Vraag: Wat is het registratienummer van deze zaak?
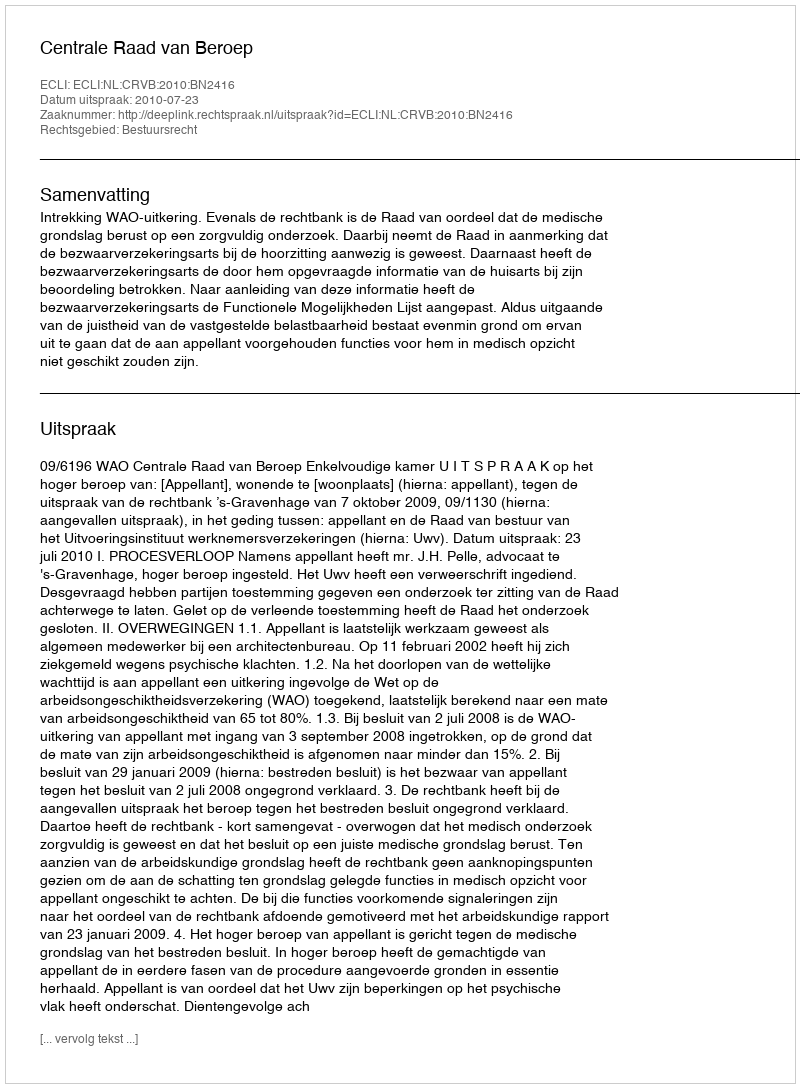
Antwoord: http://deeplink.rechtspraak.nl/uitspraak?id=ECLI:NL:CRVB:2010:BN2416